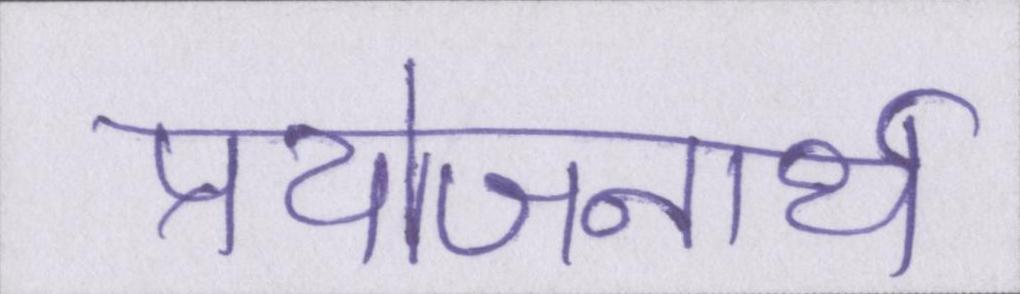
प्रयोजनार्थ